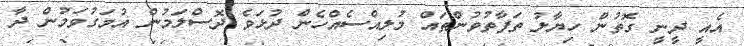
އެއީ ދީނީ ގޮތުން ހިޔާލު ތަފާތުވުންތައް މުލިއްސެއްހެން ދުޅަވެ ދޮސްލަމުން އުމަގުވަމުން ދާ